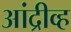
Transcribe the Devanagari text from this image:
आंद्रीव्ह